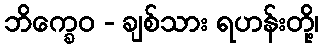
ဘိက္ခေဝ - ချစ်သား ရဟန်းတို့၊